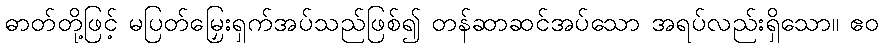
ဓာတ်တို့ဖြင့် မပြတ်မြှေးရှက်အပ်သည်ဖြစ်၍ တန်ဆာဆင်အပ်သော အရပ်လည်းရှိသော။ ဧဝ